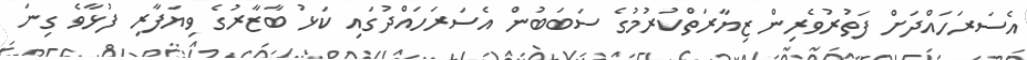
އެސަރަހައްދަށް ފަތުރުވެރިން ޒިޔާރަތްކުރުމުގެ ސަބަބުން އެސަރަހައްދުގައި ކަޅު ބާޒާރުގެ ވިޔަފާރި ފުޅާވެ ގިނަ